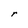
Character: r